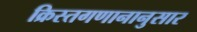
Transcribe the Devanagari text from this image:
क्रिस्तगणानानुसार